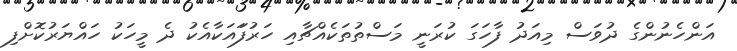
އަންހެނުންގެ ދުވަސް މިއަދު ފާހަގަ ކުރަނީ މަސްތުތަކެއްޗާއި ހަރުފަައަކާއެކު ދެ މީހަކު ހައްޔަރުކޮށްފި